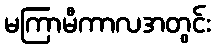
မကြာမီကာလအတွင်း